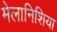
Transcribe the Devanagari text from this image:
मेलानिशिया